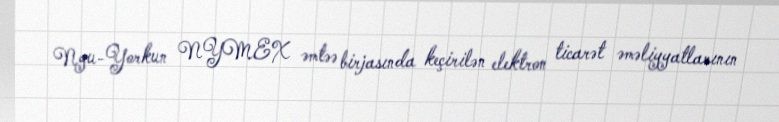
Nyu-Yorkun NYMEX əmtəə birjasında keçirilən elektron ticarət əməliyyatlarının